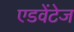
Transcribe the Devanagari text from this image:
एडवेंटेज